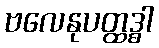
ဗလေနုပတ္ထဒ္ဓါ